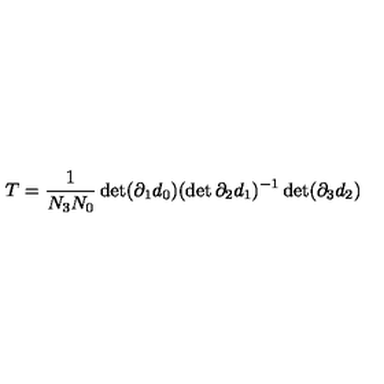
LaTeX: T = \frac { 1 } { N _ { 3 } N _ { 0 } } \det ( \partial _ { 1 } d _ { 0 } ) ( \det \partial _ { 2 } d _ { 1 } ) ^ { - 1 } \det ( \partial _ { 3 } d _ { 2 } )